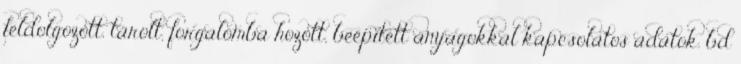
feldolgozott, tárolt, forgalomba hozott, beépített anyagokkal kapcsolatos adatok. bd